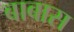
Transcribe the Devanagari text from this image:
बाबास